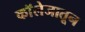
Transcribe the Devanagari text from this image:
काॅलेजातून